Indian journal of veterinary science and animal husbandry - Volumes 18-21, 1948-1951
Year: 1948
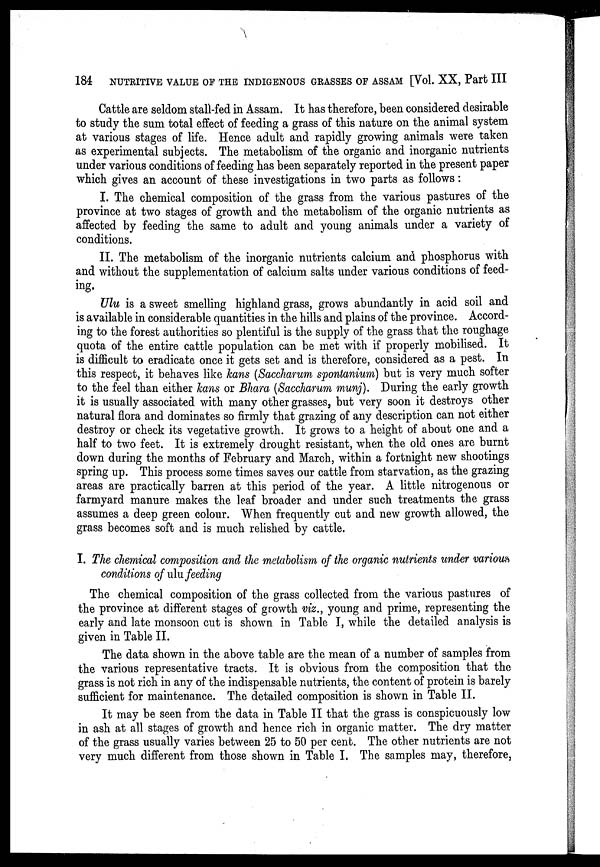
184
NUTRITIVE VALUE OF THE INDIGENOUS GRASSES OF ASSAM [Vol. XX, Part III
Cattle are seldom stall-fed in Assam. It has therefore, been considered desirable
to study the sum total effect of feeding a grass of this nature on the animal system
at various stages of life. Hence adult and rapidly growing animals were taken
as experimental subjects. The metabolism of the organic and inorganic nutrients
under various conditions of feeding has been separately reported in the present paper
which gives an account of these investigations in two parts as follows :
I. The chemical composition of the grass from the various pastures of the
province at two stages of growth and the metabolism of the organic nutrients as
affected by feeding the same to adult and young animals under a variety of
conditions.
II. The metabolism of the inorganic nutrients calcium and phosphorus with
and without the supplementation of calcium salts under various conditions of feed-
ing.
Ulu is a sweet smelling highland grass, grows abundantly in acid soil and
is available in considerable quantities in the hills and plains of the province. Accord-
ing to the forest authorities so plentiful is the supply of the grass that the roughage
quota of the entire cattle population can be met with if properly mobilised. It
is difficult to eradicate once it gets set and is therefore, considered as a pest. In
this respect, it behaves like kans (Saccharum spontanium) but is very much softer
to the feel than either kans or Bhara (Saccharum munj). During the early growth
it is usually associated with many other grasses, but very soon it destroys other
natural flora and dominates so firmly that grazing of any description can not either
destroy or check its vegetative growth. It grows to a height of about one and a
half to two feet. It is extremely drought resistant, when the old ones are burnt
down during the months of February and March, within a fortnight new shootings
spring up. This process some times saves our cattle from starvation, as the grazing
areas are practically barren at this period of the year. A little nitrogenous or
farmyard manure makes the leaf broader and under such treatments the grass
assumes a deep green colour. When frequently cut and new growth allowed, the
grass becomes soft and is much relished by cattle.
I. The chemical composition and the metabolism of the organic nutrients under various
conditions of ulu feeding
The chemical composition of the grass collected from the various pastures of
the province at different stages of growth viz., young and prime, representing the
early and late monsoon cut is shown in Table I, while the detailed analysis is
given in Table II.
The data shown in the above table are the mean of a number of samples from
the various representative tracts. It is obvious from the composition that the
grass is not rich in any of the indispensable nutrients, the content of protein is barely
sufficient for maintenance. The detailed composition is shown in Table II.
It may be seen from the data in Table II that the grass is conspicuously low
in ash at all stages of growth and hence rich in organic matter. The dry matter
of the grass usually varies between 25 to 50 per cent. The other nutrients are not
very much different from those shown in Table I. The samples may, therefore,